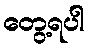
တွေ့ရပါ